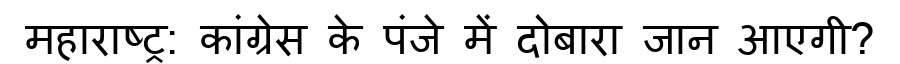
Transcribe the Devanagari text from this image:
महाराष्ट्र: कांग्रेस के पंजे में दोबारा जान आएगी?